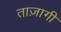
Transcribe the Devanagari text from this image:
ताज़ागी